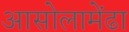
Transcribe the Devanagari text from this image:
आसोलामेंढा